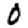
Digit: 0